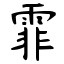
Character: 霏